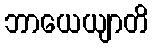
ဘာယေယျာတိ